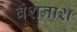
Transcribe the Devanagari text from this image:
वंशनाश